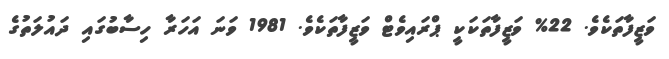
ވަޒީފާތަކެވެ. 22% ވަޒީފާތަކަކީ ޕްރައިވެޓް ވަޒީފާތަކެވެ. 1981 ވަނަ އަހަރާ ހިސާބުގައި ދައުލަތުގެ